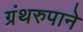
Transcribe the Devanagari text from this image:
ग्रंथरुपाने